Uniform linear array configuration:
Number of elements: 24
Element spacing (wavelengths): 0.5
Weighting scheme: cosine
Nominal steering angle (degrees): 45
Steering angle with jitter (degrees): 45.038
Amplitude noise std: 0.05
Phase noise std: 0.05

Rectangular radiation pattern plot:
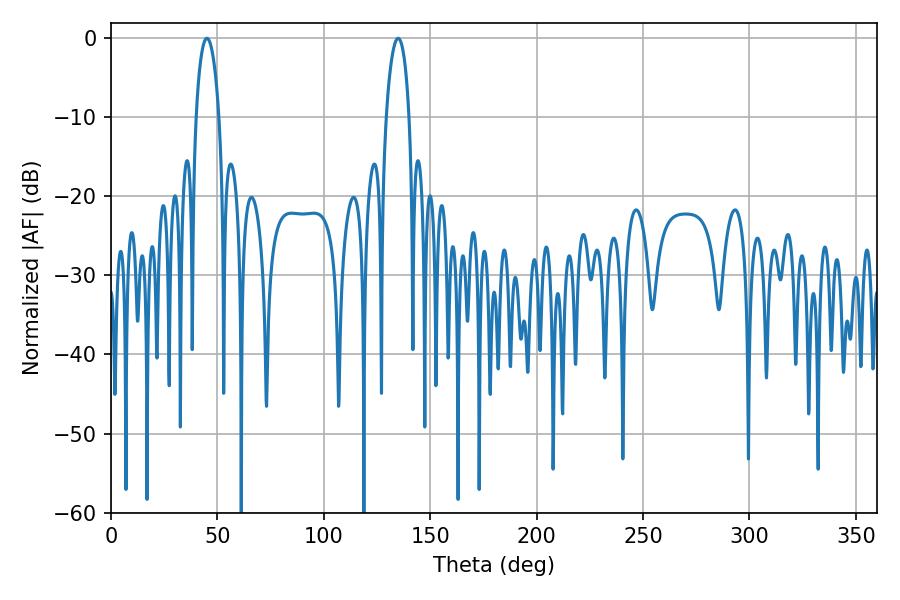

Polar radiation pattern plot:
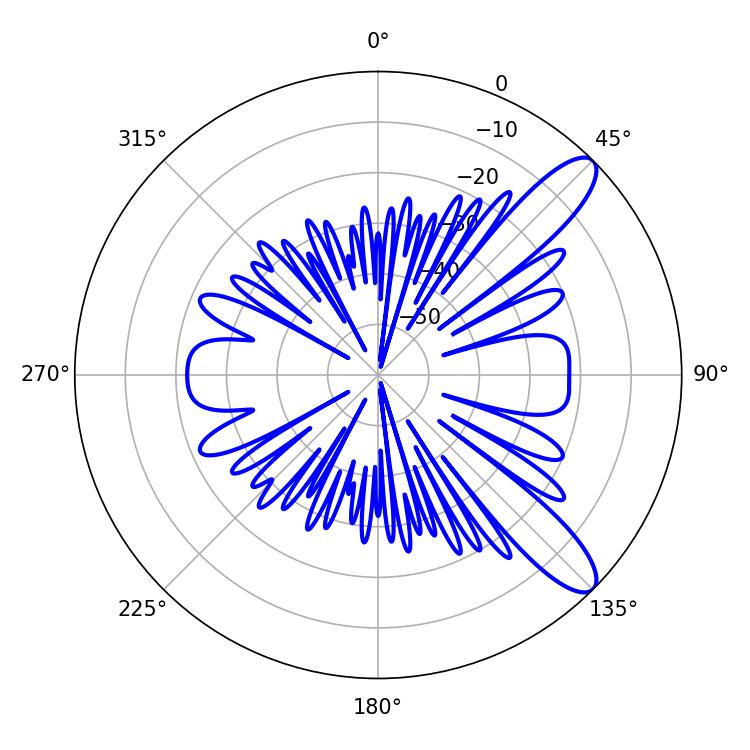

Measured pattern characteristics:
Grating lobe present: FALSE
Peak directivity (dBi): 10.823
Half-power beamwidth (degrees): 6.12
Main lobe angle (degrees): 135